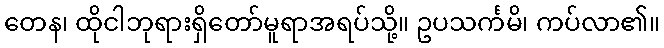
တေန၊ ထိုငါဘုရားရှိတော်မူရာအရပ်သို့။ ဥပသင်္ကမိ၊ ကပ်လာ၏။